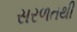
સરળતથી